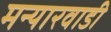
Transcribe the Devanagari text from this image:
मन्यारवाडी